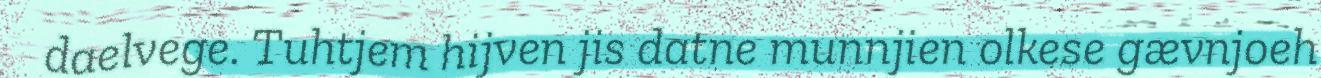
daelvege. Tuhtjem hijven jis datne munnjien olkese gævnjoeh